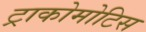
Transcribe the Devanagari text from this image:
ट्राकोमोटिस